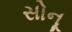
સોનૂ